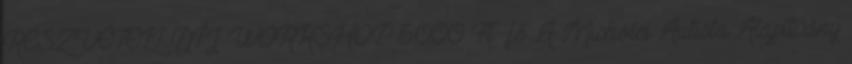
RÉSZVÉTELI DÍJ WORKSHOP 5.000 Ft fő A Miskolci Autista Alapítvány